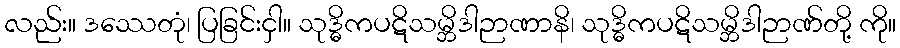
လည်း။ ဒဿေတုံ၊ ပြခြင်းငှါ။ သုဒ္ဓိကပဋိသမ္ဘိဒါဉာဏာနိ၊ သုဒ္ဓိကပဋိသမ္ဘိဒါဉာဏ်တို့ ကို။